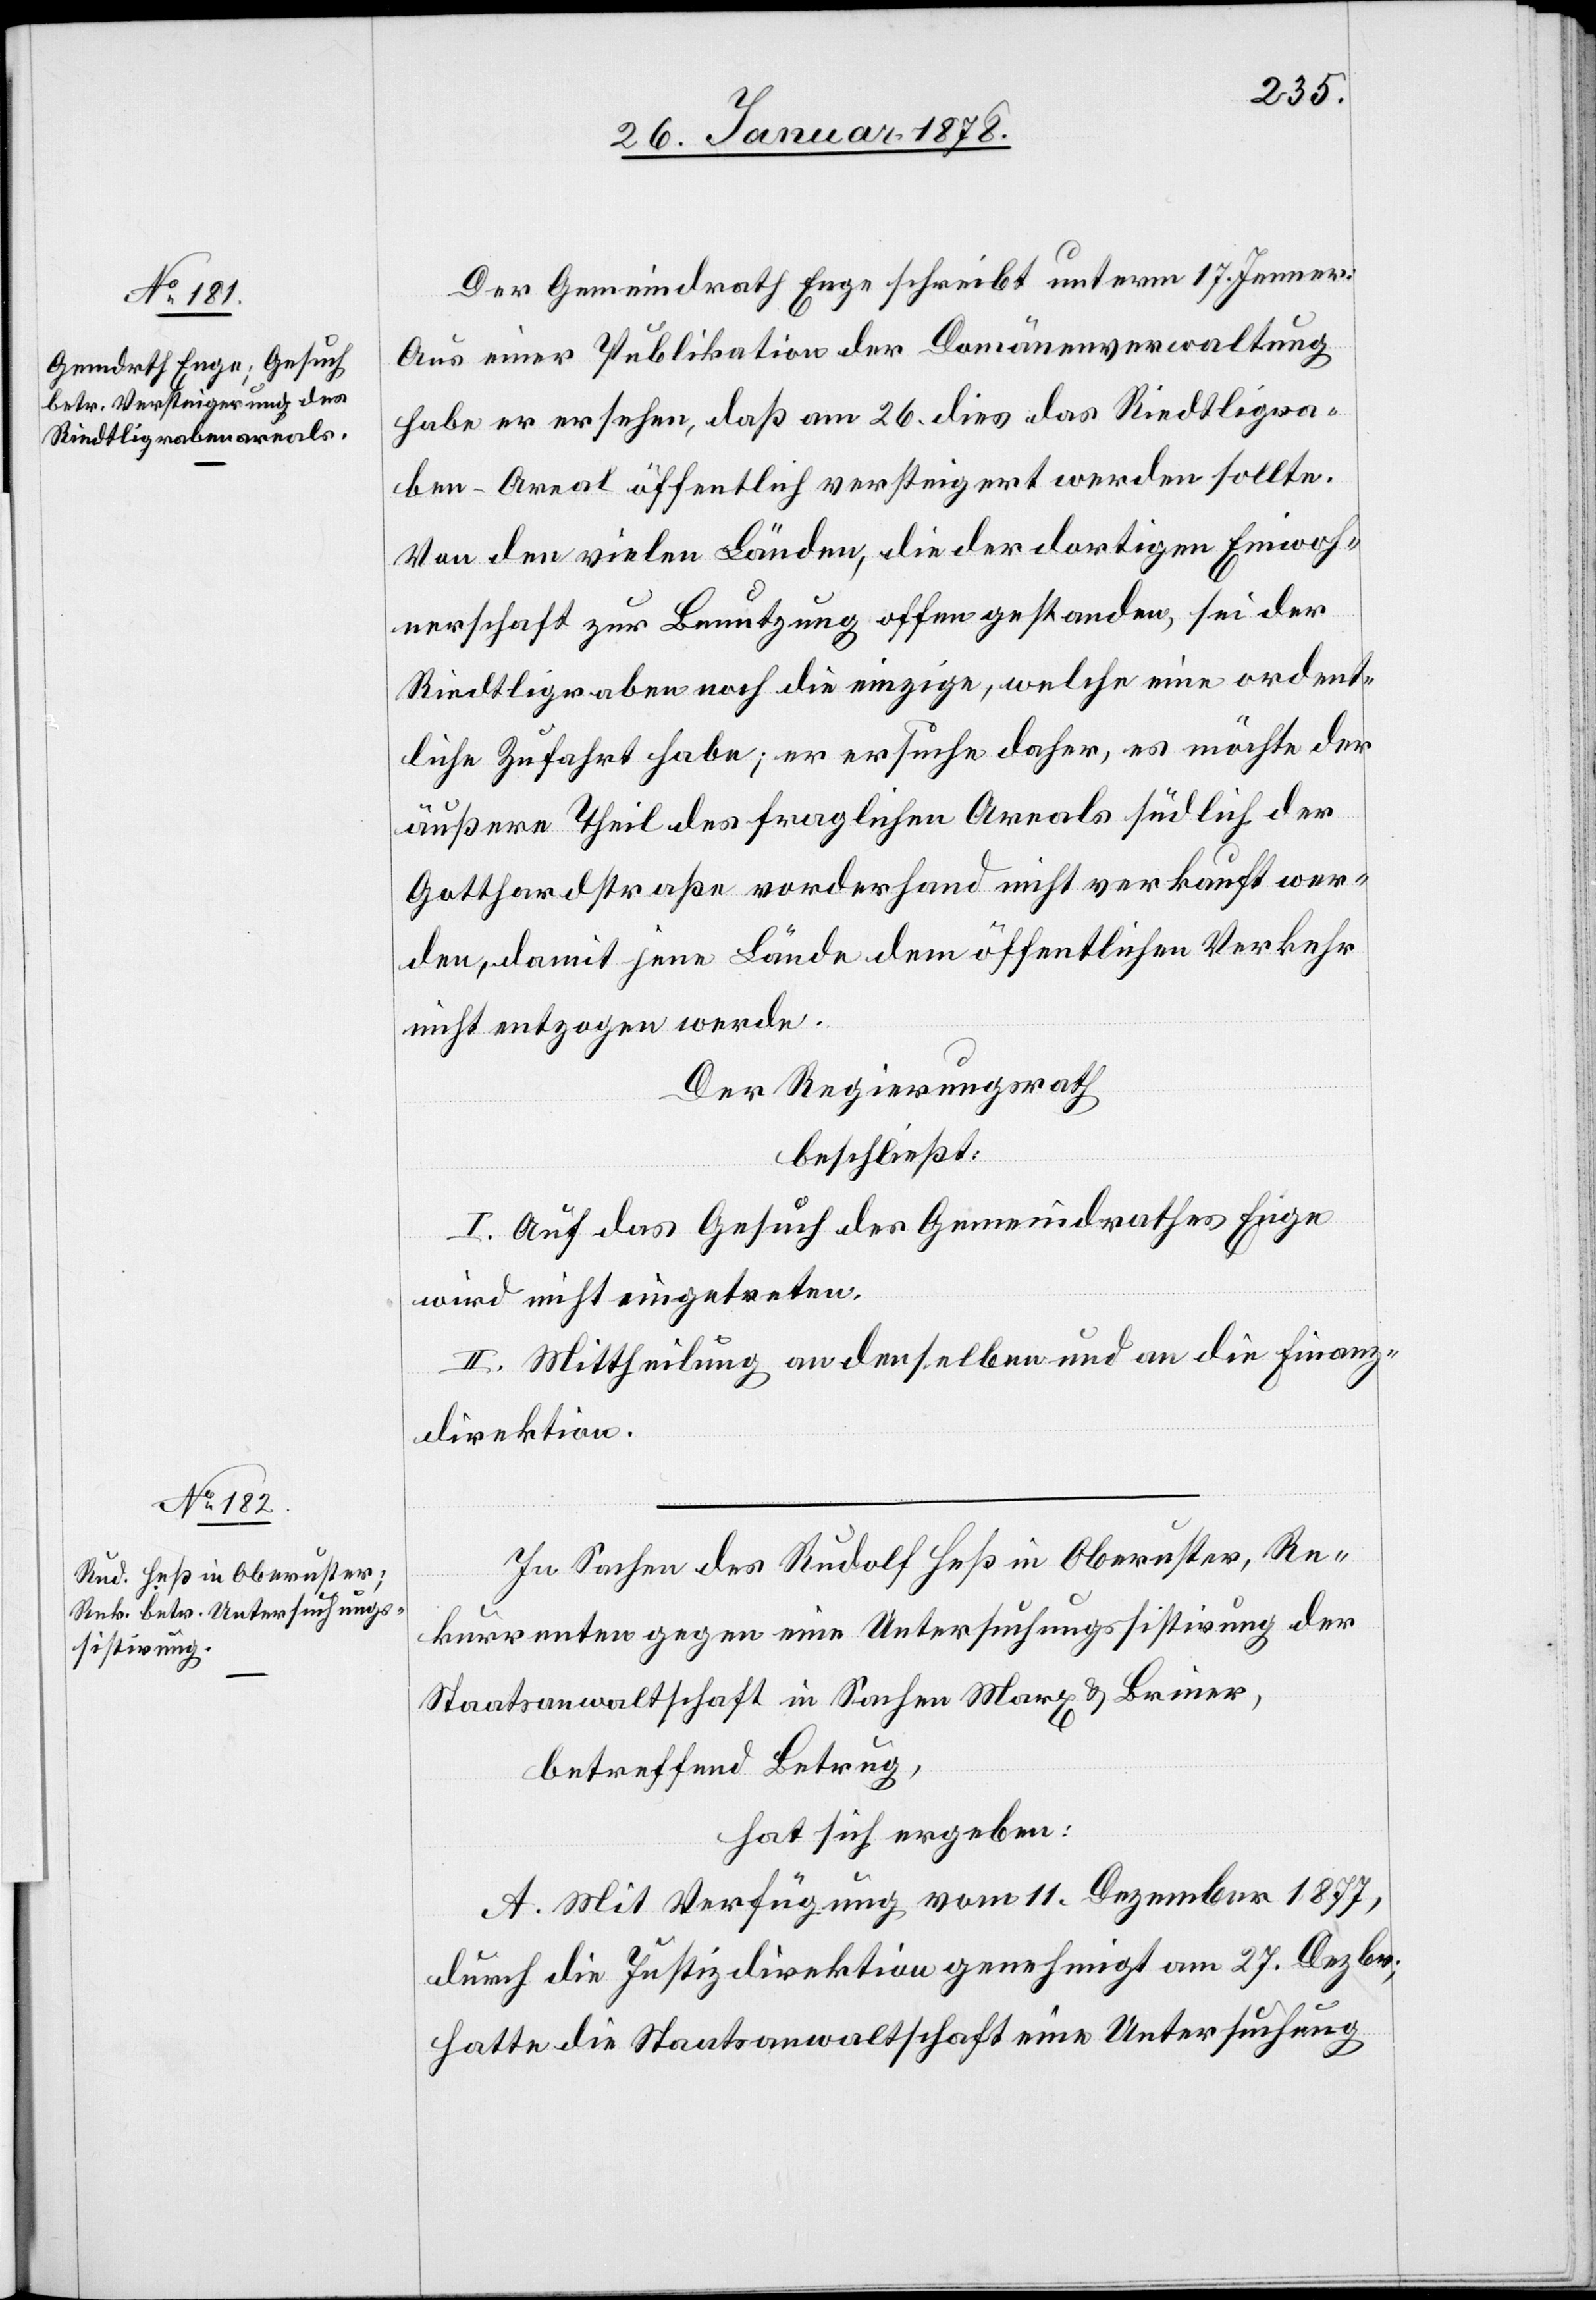
Der Gemeindrath Enge schreibt unterm 17. Jenner:
Aus einer Publikation der Domänenverwaltung
habe er ersucht, daß am 26. dies das Riedtligra¬
ben-Areal öffentlich versteigert werden sollte.
Von den vielen Länden, die der dortigen Einwoh¬
nerschaft zur Benutzung offen gestanden, sei der
Riedtligraben noch die einzige, welche eine ordent¬
liche Zufahrt habe; er ersuche daher, es möchte der
äußere Theil des fraglichen Areals südlich der
Gotthardstraße vorderhand nicht verkauft wer¬
den, damit jene Lände dem öffentlichen Verkehr
nicht entzogen werde.
Der Regierungsrath
beschließt:
I. Auf das Gesuch des Gemeindrathes Enge
wird nicht eingetreten.
II. Mittheilung an denselben und an die Finanz¬
direktion.
In Sachen des Rudolf Heß in Oberuster, Re¬
kurrenten gegen eine Untersuchungssistirung der
Staatsanwaltschaft in Sachen Marx & Briner,
betreffend Betrug,
hat sich ergeben:
A. Mit Verfügung vom 11. Dezember 1877,
durch die Justizdirektion genehmigt am 27. Dezbr;
hatte die Staatsanwaltschaft eine Untersuchung